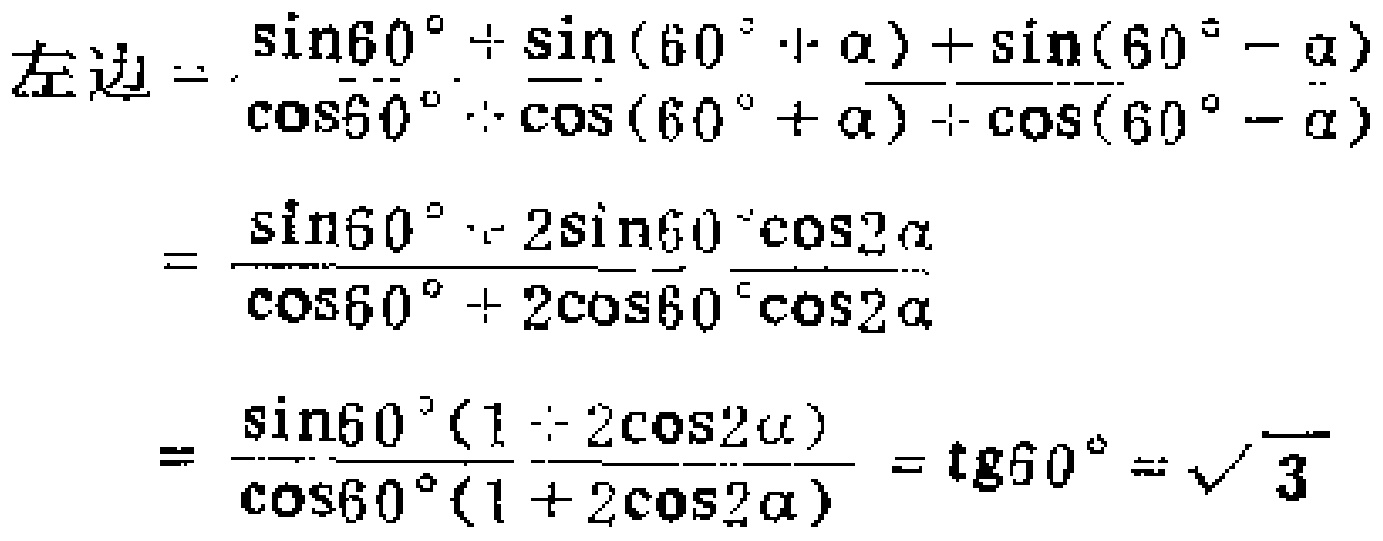
\[

\begin{align*}

左边&=\frac{\sin60^{\circ}+\sin(60^{\circ}+\alpha)+\sin(60^{\circ}-\alpha)}{\cos60^{\circ}+\cos(60^{\circ}+\alpha)+\cos(60^{\circ}-\alpha)}\\

&=\frac{\sin60^{\circ}+2\sin60^{\circ}\cos\alpha}{\cos60^{\circ}+2\cos60^{\circ}\cos\alpha}\\

&=\frac{\sin60^{\circ}(1 + 2\cos\alpha)}{\cos60^{\circ}(1 + 2\cos\alpha)}=\tg60^{\circ}=\sqrt{3}

\end{align*}

\]